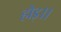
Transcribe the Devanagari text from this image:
होइ।।